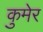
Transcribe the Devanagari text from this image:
कुमेर